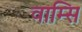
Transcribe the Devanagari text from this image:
वाम्सि